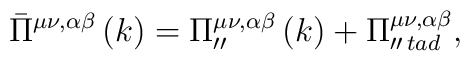
\bar \Pi^{\mu \nu ,\alpha \beta }\left( k\right) =\Pi_{\prime \prime }^{\mu \nu ,\alpha \beta }\left( k\right) +\Pi _{\prime\prime \,tad}^{\mu \nu ,\alpha \beta },